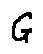
G